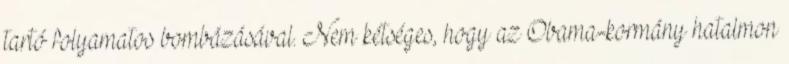
tartó folyamatos bombázásával. Nem kétséges, hogy az Obama-kormány hatalmon